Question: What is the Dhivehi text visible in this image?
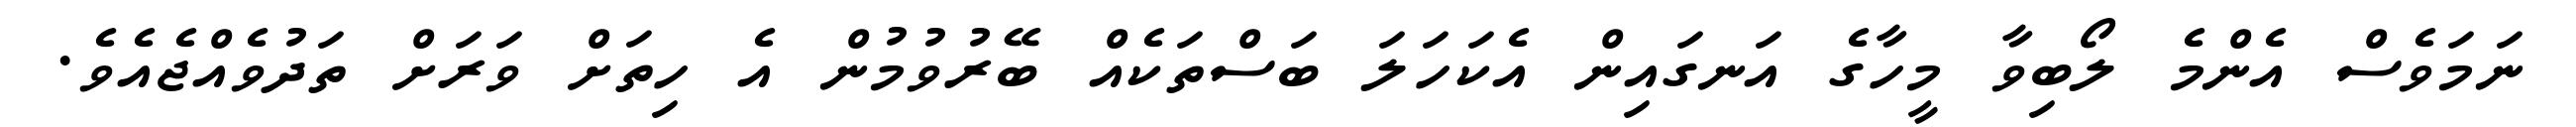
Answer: ނަމަވެސް އެންމެ ލޯބިވާ މީހާގެ އަނގައިން އެކަހަލަ ބަސްތަކެއް ބޭރުވުމުން އެ ހިތަށް ވަރަށް ތަދުވެއްޖެއެވެ.